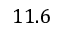
1 1 . 6